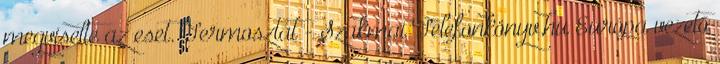
megviselte az eset. Termosztát - Szakmai Telefonkönyv.hu Európa vezető